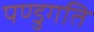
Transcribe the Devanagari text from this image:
पण्डुगति